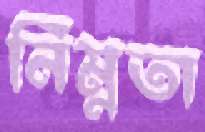
নিম্নতা